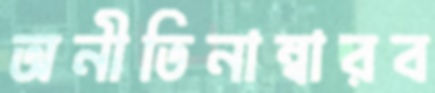
অনীতিনাম্বারব